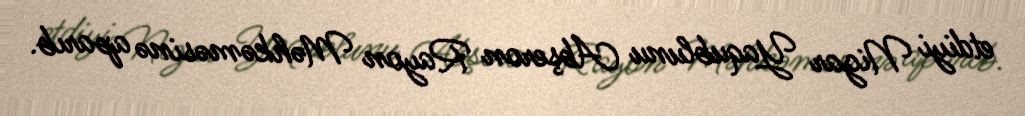
etdiyi Nigar Yaqublunu Abşeron Rayon Məhkəməsinə aparıb.